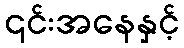
၎င်းအနေနှင့်